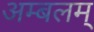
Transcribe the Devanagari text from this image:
अम्बलम्